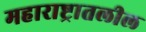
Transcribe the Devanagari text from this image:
महाराष्ट्रातलील